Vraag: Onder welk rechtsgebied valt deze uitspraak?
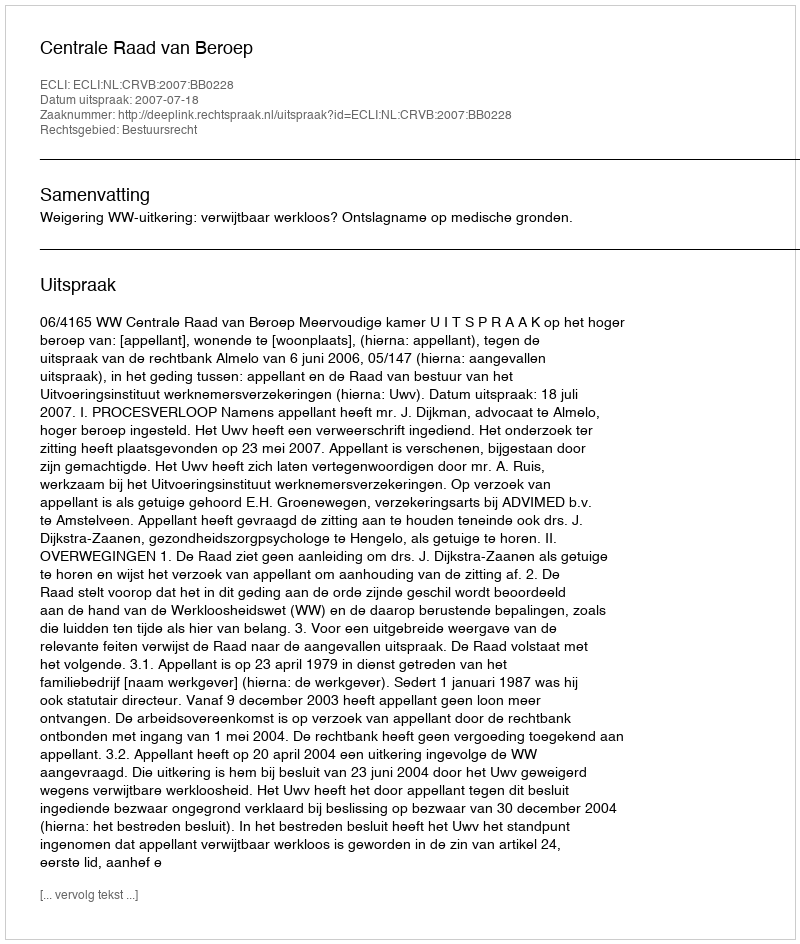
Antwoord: Bestuursrecht